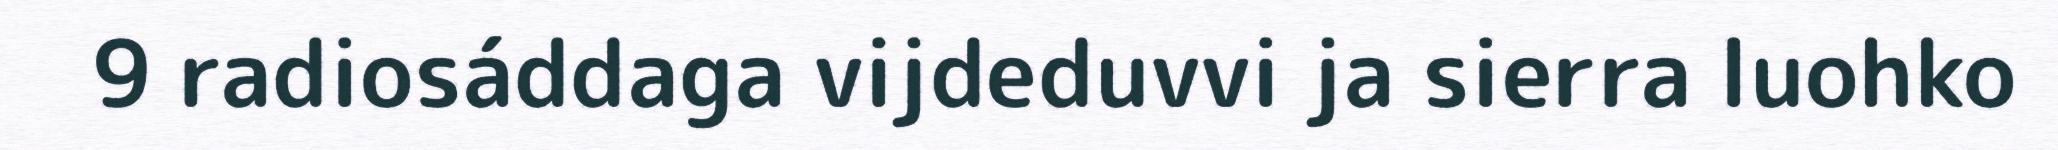
9 radiosáddaga vijdeduvvi ja sierra luohko